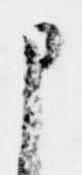
申